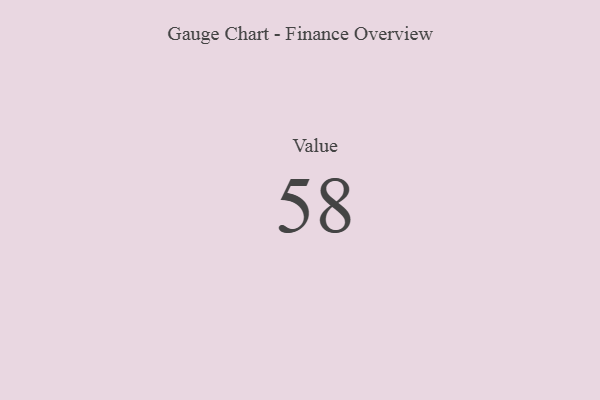
{"axis": {"x": "Metric", "y": "Value"}, "legend": [""], "data": [{"x": "Value", "y": 58, "type": ""}]}